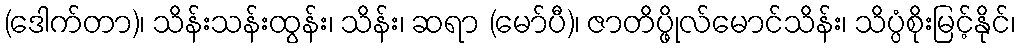
(ဒေါက်တာ)၊ သိန်းသန်းထွန်း၊ သိန်း၊ ဆရာ (မော်ပီ)၊ ဇာတိပ္ဖိုလ်မောင်သိန်း၊ သိပ္ပံစိုးမြင့်နိုင်၊